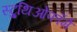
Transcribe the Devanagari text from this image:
स्ट्रुथिओफॉर्म